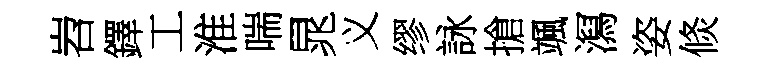
岧鐸工淮喘晁义缪詠搶颯㵼姿倐